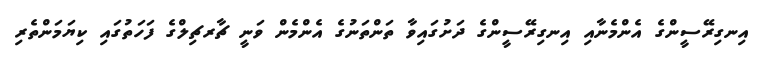
އިނގިރޭސީންގެ އެންމެނާއި އިނގިރޭސީންގެ ދަށުގައިވާ ތަންތަނުގެ އެންމެން ވަނީ ޗާރޗިލްގެ ފަހަތުގައި ކިޔަމަންތެރި